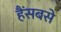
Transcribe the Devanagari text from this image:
हैंसबसे